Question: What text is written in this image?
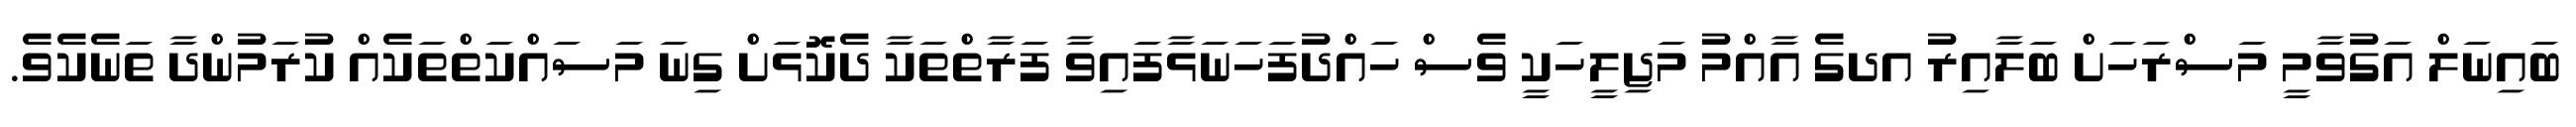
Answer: ބައިނަލް އަގުވާމީ މަސްރަހަށް ބަލާއިރު އދގެ އާއްމު މަޖިލީހަކީ ވެސް ހައްދުފަހަނަޅާފައިވާ ފަރާތްތަކާ ދެކޮޅަށް ގިނަ މަސައްކަތްތަކެއް ކުރަމުންދާ ތަނެކެވެ.